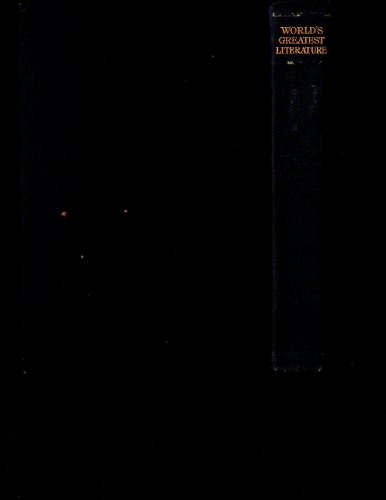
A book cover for EGYPTIAN LITERATURE Comprising Egyptian Tales Hymns, Litanies Invocations The Book of The dead & Cuneiform Writings; Epiphanius Wilson; Religion & Spirituality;